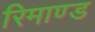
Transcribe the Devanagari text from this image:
रिमाण्ड